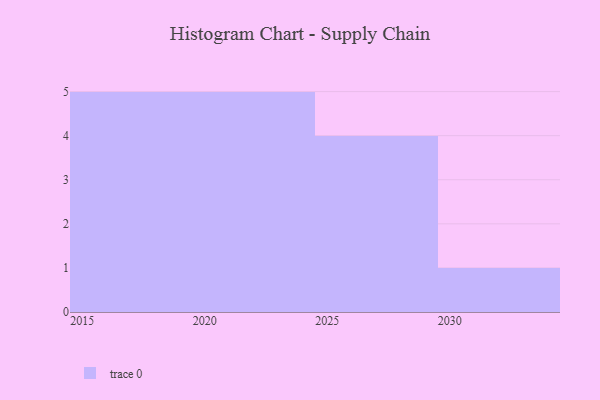
{"axis": {"x": "Year", "y": "Latency (ms)"}, "legend": [""], "data": [{"x": "2027", "y": 75, "type": ""}, {"x": "2015", "y": 1, "type": ""}, {"x": "2025", "y": 3, "type": ""}, {"x": "2023", "y": 77, "type": ""}, {"x": "2026", "y": 19, "type": ""}, {"x": "2018", "y": 31, "type": ""}, {"x": "2020", "y": 88, "type": ""}, {"x": "2030", "y": 91, "type": ""}, {"x": "2016", "y": 2, "type": ""}, {"x": "2024", "y": 2, "type": ""}, {"x": "2022", "y": 84, "type": ""}, {"x": "2021", "y": 90, "type": ""}, {"x": "2028", "y": 62, "type": ""}, {"x": "2019", "y": 48, "type": ""}, {"x": "2017", "y": 28, "type": ""}]}